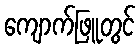
ကျောက်ဖြူတွင်